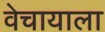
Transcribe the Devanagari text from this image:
वेचायाला